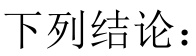
下列结论：